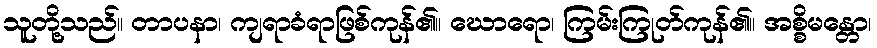
သူတို့သည်။ တာပနာ၊ ကျရာခံရာဖြစ်ကုန်၏။ ဃောရော၊ ကြမ်းကြုတ်ကုန်၏။ အစ္စိမန္တော၊